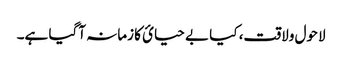
لاحول ولاقت، کیا بے حیائ کا زمانہ آگیا ہے۔